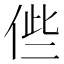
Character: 𠉃